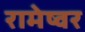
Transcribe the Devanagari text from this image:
रामेष्वर